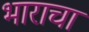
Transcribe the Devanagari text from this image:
भाराचा